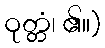
ဝုတ္တံ၊ ၏။)